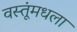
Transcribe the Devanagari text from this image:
वस्तूंमधला